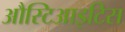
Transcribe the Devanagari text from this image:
औस्टिआइटिस